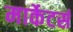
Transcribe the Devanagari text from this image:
मार्केटर्स